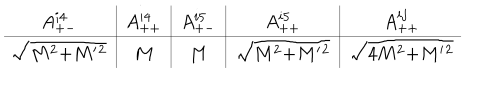
{ \renewcommand { \arraystretch } { 1 . 3 } \begin{array} { c | c | c | c | c } { { A _ { + - } ^ { i 4 } } } & { { A _ { + + } ^ { i 4 } } } & { { A _ { + - } ^ { i 5 } } } & { { A _ { + + } ^ { i 5 } } } & { { A _ { + + } ^ { i j } } } \\ \hline { { \sqrt { M ^ { 2 } { + } M ^ { \prime } { } ^ { 2 } } } } & { { M } } & { { M } } & { { \sqrt { M ^ { 2 } { + } M ^ { \prime } { } ^ { 2 } } } } & { { \sqrt { 4 M ^ { 2 } { + } M ^ { \prime } { } ^ { 2 } } } } \\ \end{array} }